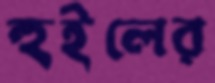
হুইলের